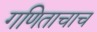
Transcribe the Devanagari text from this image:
गणिताचाच